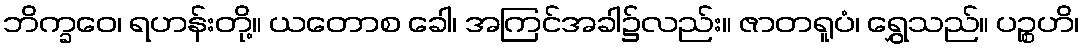
ဘိက္ခဝေ၊ ရဟန်းတို့။ ယတောစ ခေါ၊ အကြင်အခါ၌လည်း။ ဇာတရူပံ၊ ရွှေသည်။ ပဉ္စဟိ၊